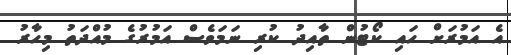
އެ އަމުރަށް ހައި ކޯޓުން ތާއިދު ކުރި ނަމަވެސް އަމުރުގެ މުއްދަތު މިހާރު